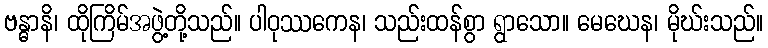
ဗန္ဓာနိ၊ ထိုကြိမ်အဖွဲ့တို့သည်။ ပါဝုဿကေန၊ သည်းထန်စွာ ရွာသော။ မေဃေန၊ မိုဃ်းသည်။